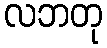
လဘတု